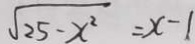
\sqrt { 2 5 - x ^ { 2 } } = x - 1